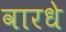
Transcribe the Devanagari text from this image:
वारधे